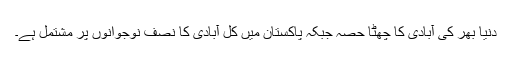
دنیا بھر کی آبادی کا چھٹا حصہ جبکہ پاکستان میں کل آبادی کا نصف نوجوانوں پر مشتمل ہے۔